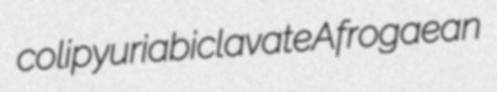
colipyuria biclavate Afrogaean